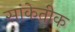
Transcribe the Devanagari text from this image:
सांकेतीक